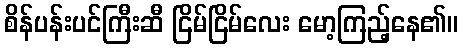
စိန်ပန်းပင်ကြီးဆီ ငြိမ်ငြိမ်လေး မော့ကြည့်နေ၏။